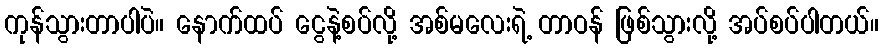
ကုန်သွားတာပါပဲ။ နောက်ထပ် ငွေနဲ့စပ်လို့ အစ်မလေးရဲ့ တာဝန် ဖြစ်သွားလို့ အပ်စပ်ပါတယ်။